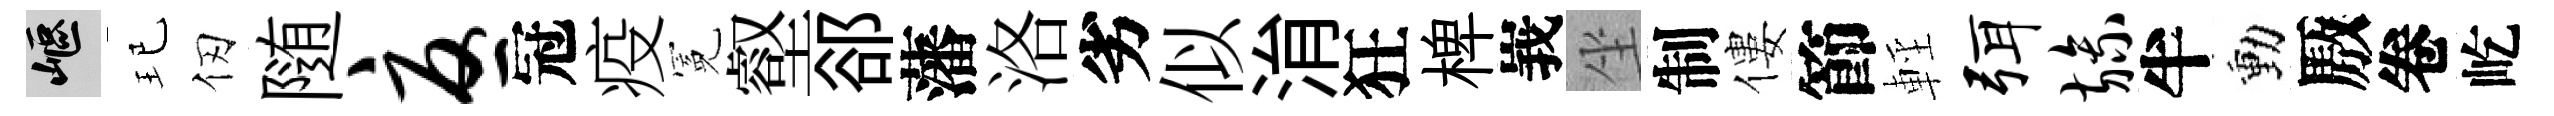
嶇玘仞随忧冠疫冕壑郤藩洛劣似㳙狂椑峩坐制僂節輕弭旒半動厫卷屹